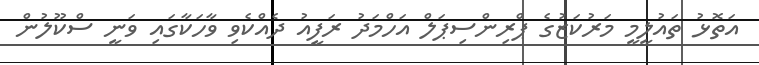
އަތޮޅު ތައުލީމީ މަރުކަޒުގެ ޕްރިންސިޕަލް އަހްމަދު ރަފީއު ދެއްކެވި ވާހަކާގައި ވަނީ ސްކޫލުން